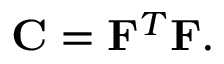
\begin{array} { r } { \mathbf { C } = \mathbf { F } ^ { T } \mathbf { F } . } \end{array}